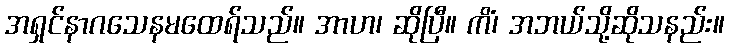
အရှင်နာဂသေနမထေရ်သည်။ အာဟ၊ ဆိုပြီ။ ကိံ၊ အဘယ်သို့ဆိုသနည်း။